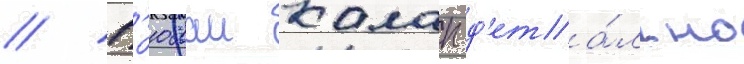
// Г'юлаи калап д'ета́льно